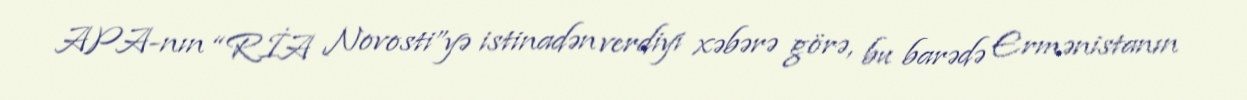
APA-nın “RİA Novosti”yə istinadən verdiyi xəbərə görə, bu barədə Ermənistanın